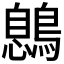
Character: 𪃼